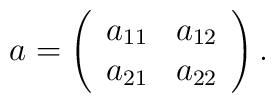
a = \left(\begin{array}{cc}a_{11} & a_{12} \\a_{21} & a_{22}\end{array} \right).